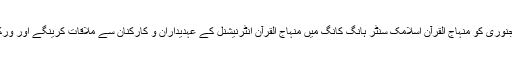
ڈاکٹر حسین محی الدین قادری 10 جنوری کو منہاج القرآن اسلامک سنٹر ہانگ کانگ میں منہاج القرآن انٹرنیشنل کے عہدیداران و کارکنان سے ملاقات کرینگے اور ورکرز کنونشن سے خطاب کریں گے۔